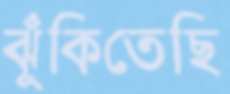
ঝুঁকিতেছি